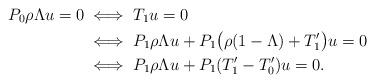
LaTeX: \begin{align*} P_0\rho\Lambda u=0 & \iff T_1u=0 \\ & \iff P_1\rho \Lambda u + P_1\big(\rho(1-\Lambda)+T_1^\prime\big)u =0\\ & \iff P_1\rho \Lambda u + P_1(T_1^\prime-T_0^\prime)u=0.\end{align*}